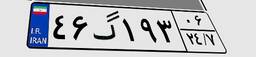
۴۶گ۱۹۳۰۶